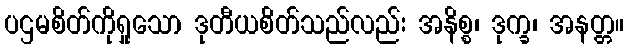
ပဌမစိတ်ကိုရှုသော ဒုတီယစိတ်သည်လည်း အနိစ္စ၊ ဒုက္ခ၊ အနတ္တ။